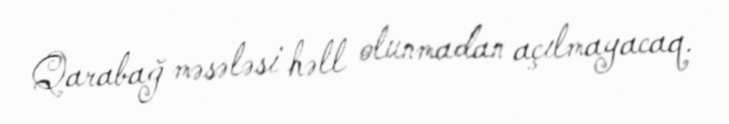
Qarabağ məsələsi həll olunmadan açılmayacaq.